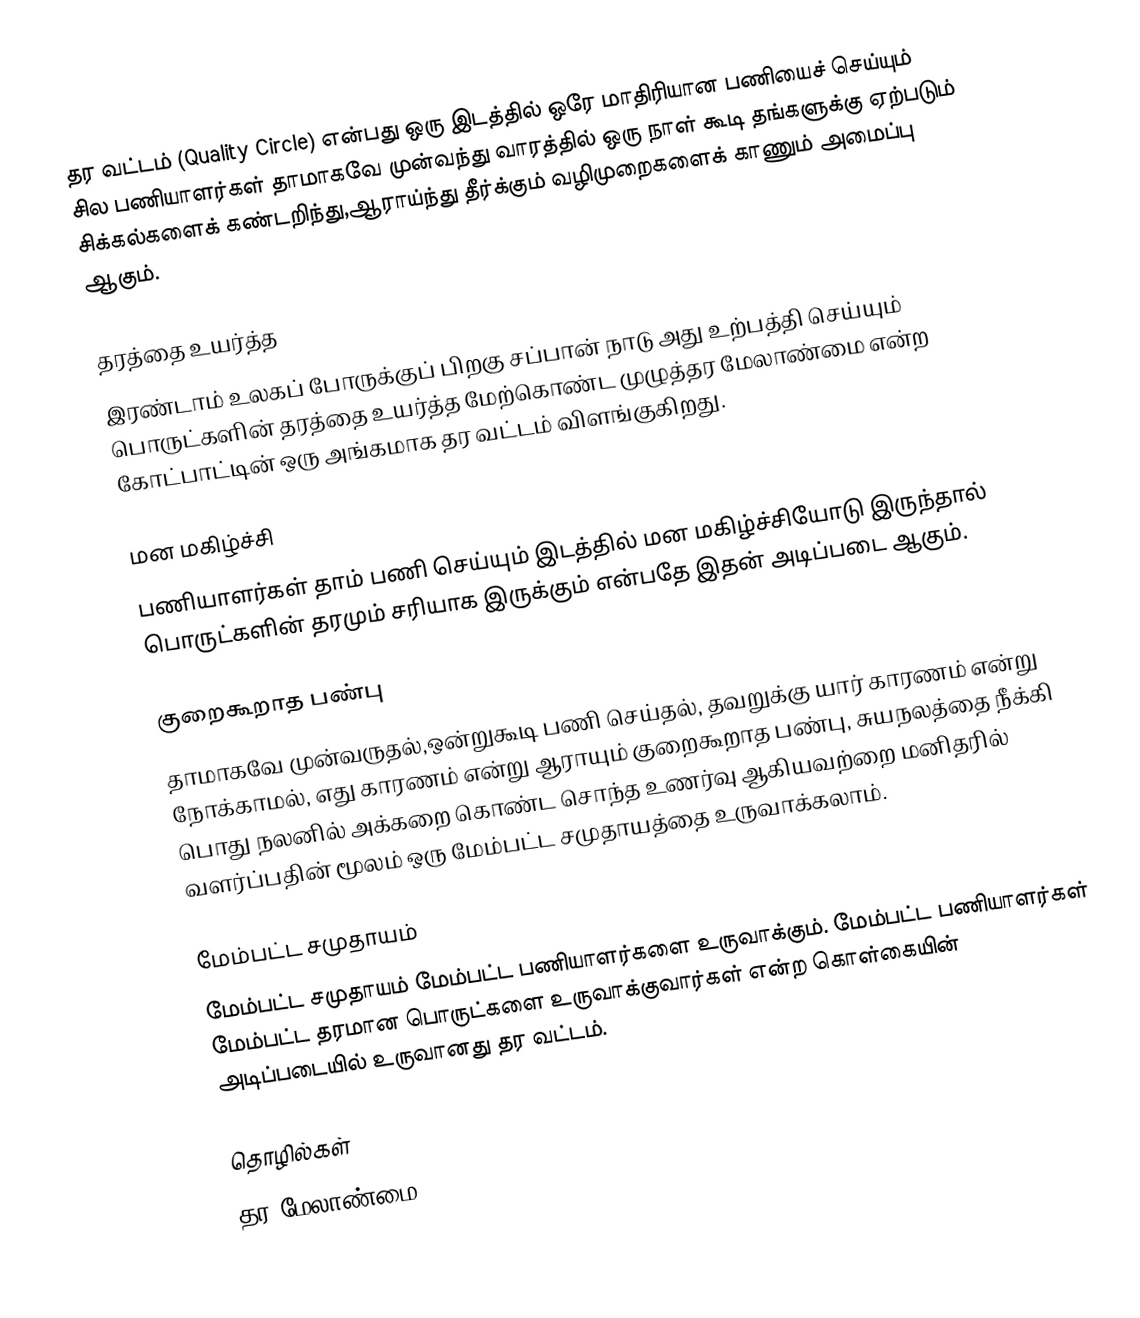
தர வட்டம் (Quality Circle) என்பது ஒரு இடத்தில் ஒரே மாதிரியான பணியைச் செய்யும் சில பணியாளர்கள் தாமாகவே முன்வந்து வாரத்தில் ஒரு நாள் கூடி தங்களுக்கு ஏற்படும் சிக்கல்களைக் கண்டறிந்து,ஆராய்ந்து தீர்க்கும் வழிமுறைகளைக் காணும் அமைப்பு ஆகும்.

தரத்தை உயர்த்த
இரண்டாம் உலகப் போருக்குப் பிறகு சப்பான் நாடு அது உற்பத்தி செய்யும் பொருட்களின் தரத்தை உயர்த்த மேற்கொண்ட முழுத்தர மேலாண்மை என்ற கோட்பாட்டின் ஒரு அங்கமாக தர வட்டம் விளங்குகிறது.

மன மகிழ்ச்சி
பணியாளர்கள் தாம் பணி செய்யும் இடத்தில் மன மகிழ்ச்சியோடு இருந்தால் பொருட்களின் தரமும் சரியாக இருக்கும் என்பதே இதன் அடிப்படை ஆகும்.

குறைகூறாத பண்பு
தாமாகவே முன்வருதல்,ஒன்றுகூடி பணி செய்தல், தவறுக்கு யார் காரணம் என்று நோக்காமல், எது காரணம் என்று ஆராயும் குறைகூறாத பண்பு, சுயநலத்தை நீக்கி பொது நலனில் அக்கறை கொண்ட சொந்த உணர்வு ஆகியவற்றை மனிதரில் வளர்ப்பதின் மூலம் ஒரு மேம்பட்ட சமுதாயத்தை உருவாக்கலாம்.

மேம்பட்ட சமுதாயம்
மேம்பட்ட சமுதாயம் மேம்பட்ட பணியாளர்களை உருவாக்கும். மேம்பட்ட பணியாளர்கள் மேம்பட்ட தரமான பொருட்களை உருவாக்குவார்கள் என்ற கொள்கையின் அடிப்படையில் உருவானது தர வட்டம்.

தொழில்கள்
தர மேலாண்மை